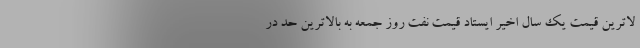
لاترین قیمت یک سال اخیر ایستاد قیمت نفت روز جمعه به بالاترین حد در